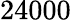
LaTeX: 24000